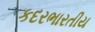
કદરભારતીય